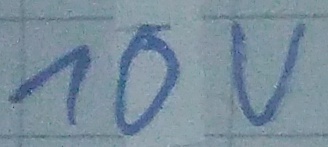
Text: 10V